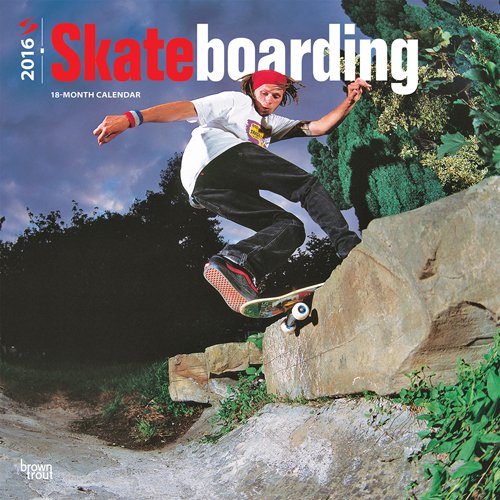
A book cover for Skateboarding 2016 Square 12x12; Browntrout Publishers; Sports & Outdoors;